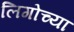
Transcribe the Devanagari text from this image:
लिगोच्या